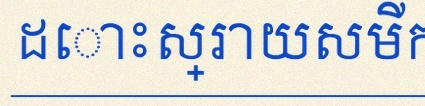
ដោះស្រាយសមីការខាងក្រោម